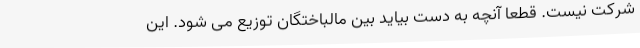
شرکت نیست. قطعا آنچه به دست بیاید بین مالباختگان توزیع می شود. این